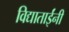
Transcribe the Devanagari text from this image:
विद्याताईंनी